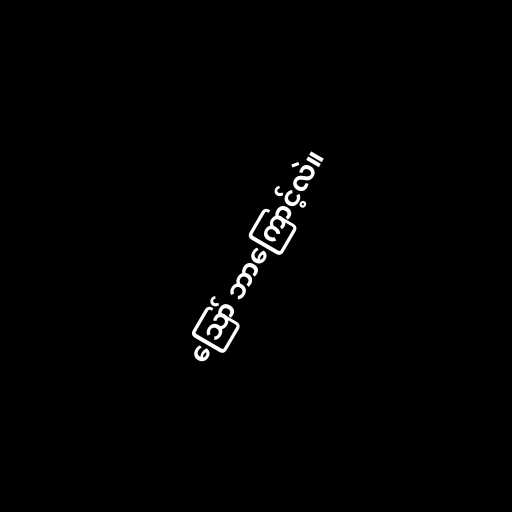
ဪ ဘာကြောင့်လဲ။